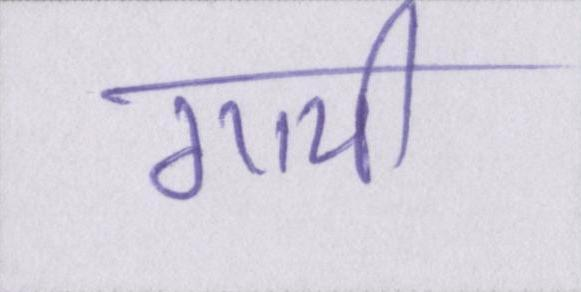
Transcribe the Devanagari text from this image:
गायी